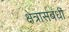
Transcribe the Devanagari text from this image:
क्षेत्रासंबंधीं